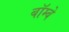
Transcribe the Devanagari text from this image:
बॉम्‍बे